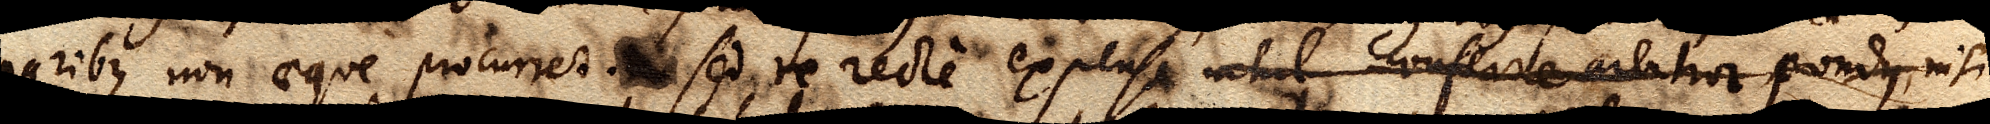
paribus non aeque procurret xx sed re recte expensa nihil conferre arbitror pondus, nisi